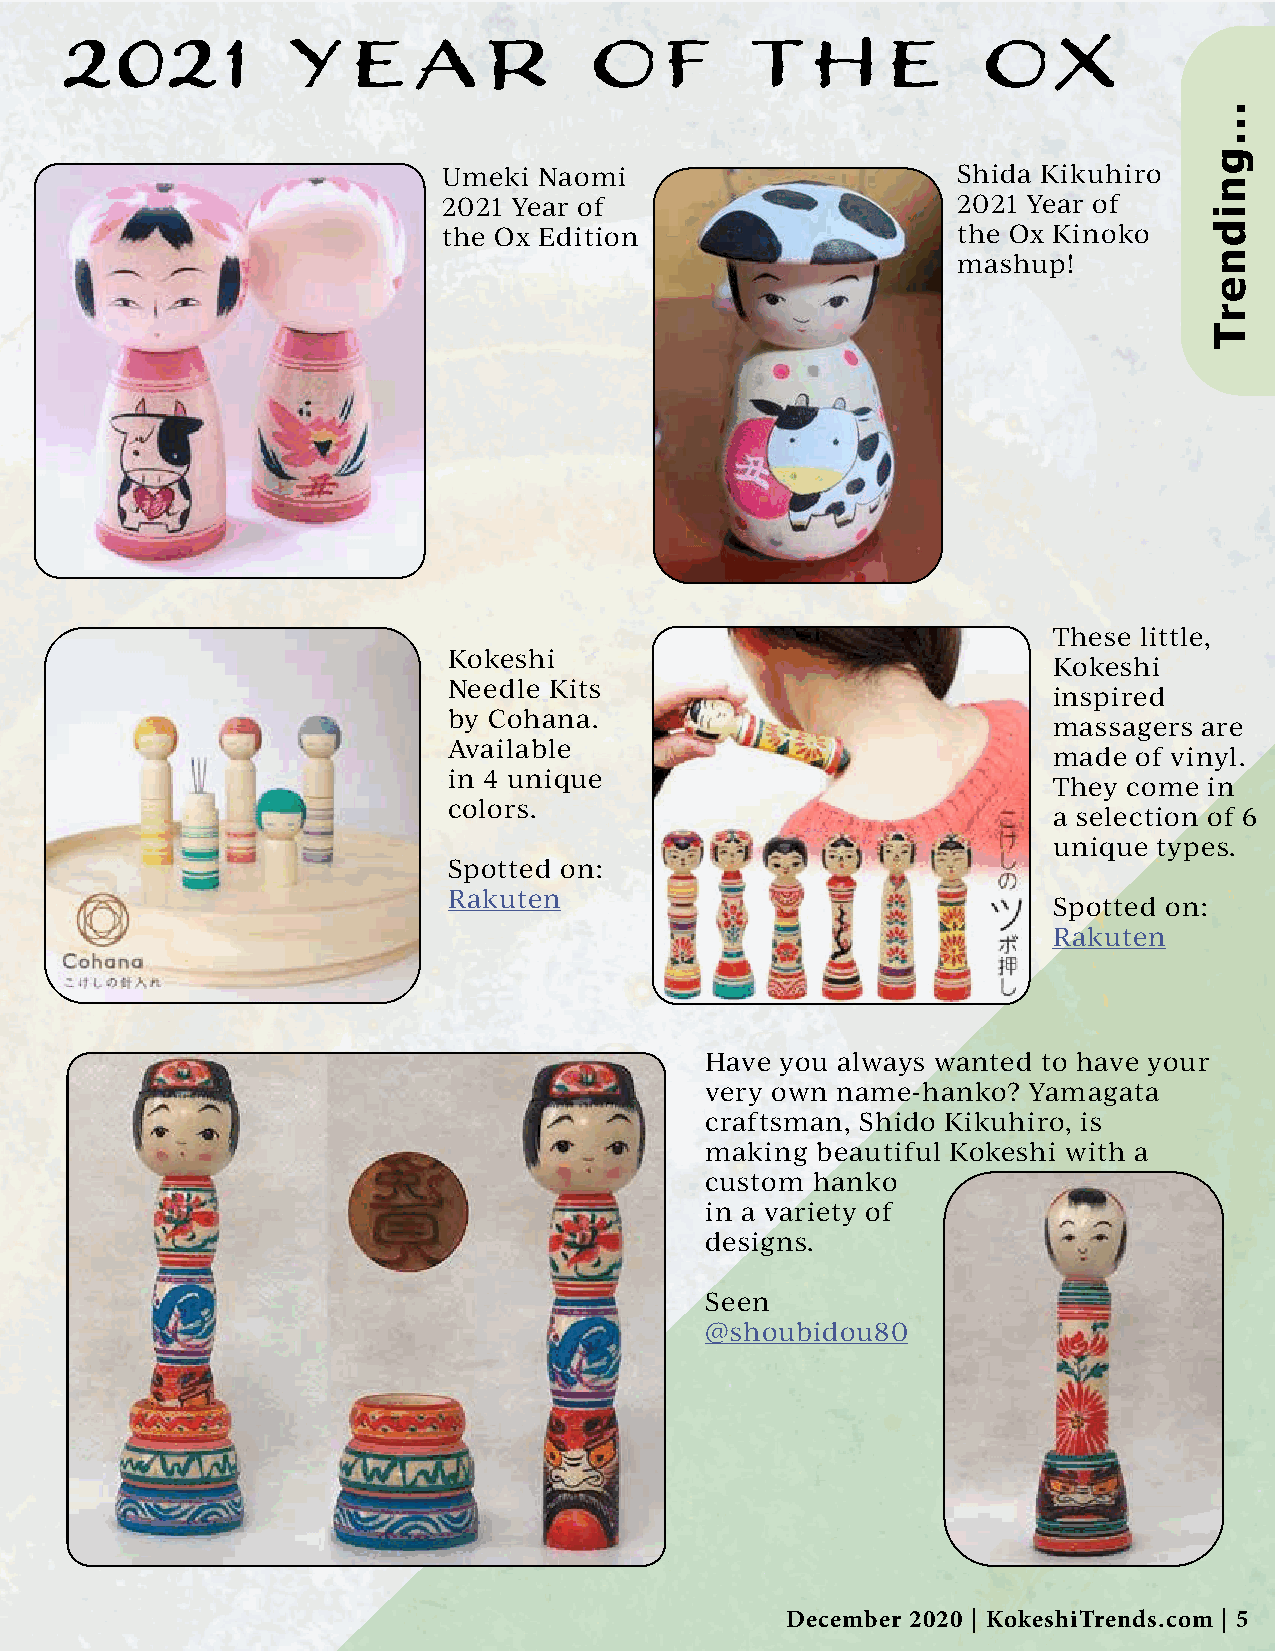
2021           Year                of         The            Ox
 Umeki  Naomi                      Shida Kikuhiro
 2021 Year of                      2021 Year of
 the Ox Edition                    the Ox Kinoko
 mashup!
 These little,
 Kokeshi
 Kokeshi
 Needle Kits
 inspired
 by Cohana.
 massagers are
 Available
 made of vinyl.
 in 4 unique
 They come in
 colors.
 a selection of 6
 unique types.
 Spotted on:
 Rakuten
 Spotted on:
 Rakuten
 Have you always wanted to have your
 very own name-hanko? Yamagata
 craftsman, Shido Kikuhiro, is
 making beautiful Kokeshi with a
 custom hanko
 in a variety of
 designs.
 Seen
 @shoubidou80
 December 2020 | KokeshiTrends.com | 5
 ...gnidnerT